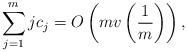
LaTeX: \begin{align*}\sum_{j=1}^{m}jc_j=O\left(mv\left(\frac{1}{m}\right)\right), \end{align*}